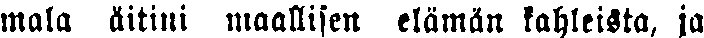
mala äitini maallisen elämän kahleista, ja